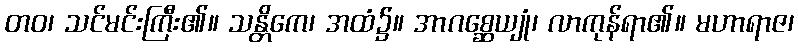
တဝ၊ သင်မင်းကြီး၏။ သန္တိကေ၊ အထံ၌။ အာဂစ္ဆေယျုံ၊ လာကုန်ရာ၏။ မဟာရာဇ၊